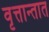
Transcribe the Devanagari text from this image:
वृत्तान्तात